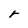
Character: r